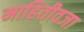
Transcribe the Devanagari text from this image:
माहितीवजा